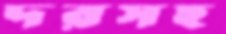
দরসহ